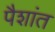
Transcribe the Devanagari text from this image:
पैशांत